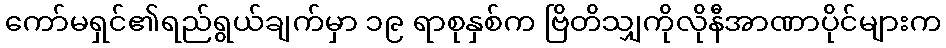
ကော်မရှင်၏ရည်ရွယ်ချက်မှာ ၁၉ ရာစုနှစ်က ဗြိတိသျှကိုလိုနီအာဏာပိုင်များက